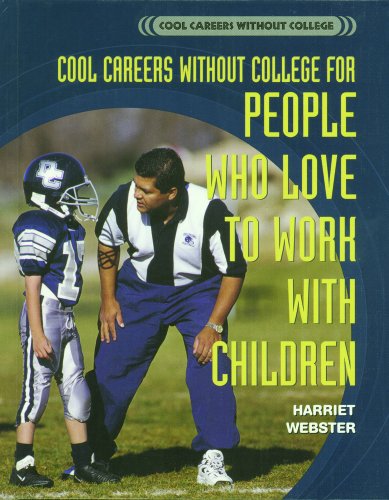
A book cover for Cool Careers Without College for People Who Love to Work with Children; Harriet Webster; Business & Money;